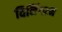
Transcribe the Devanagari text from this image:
विनिंगटन